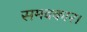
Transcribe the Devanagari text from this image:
समवकार।